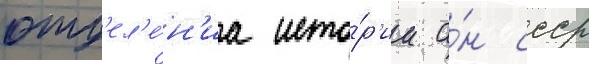
отд'ел'е́н'иа исто́р'ии а́н ссср